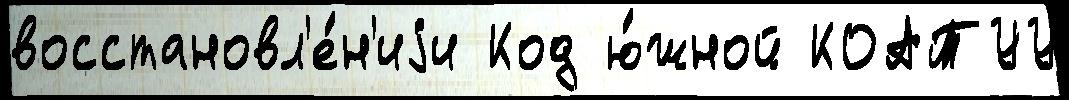
восстановл'е́н'иjи Код ю́жной КОАТУУ